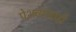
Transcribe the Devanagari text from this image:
पेशव्यांचाही